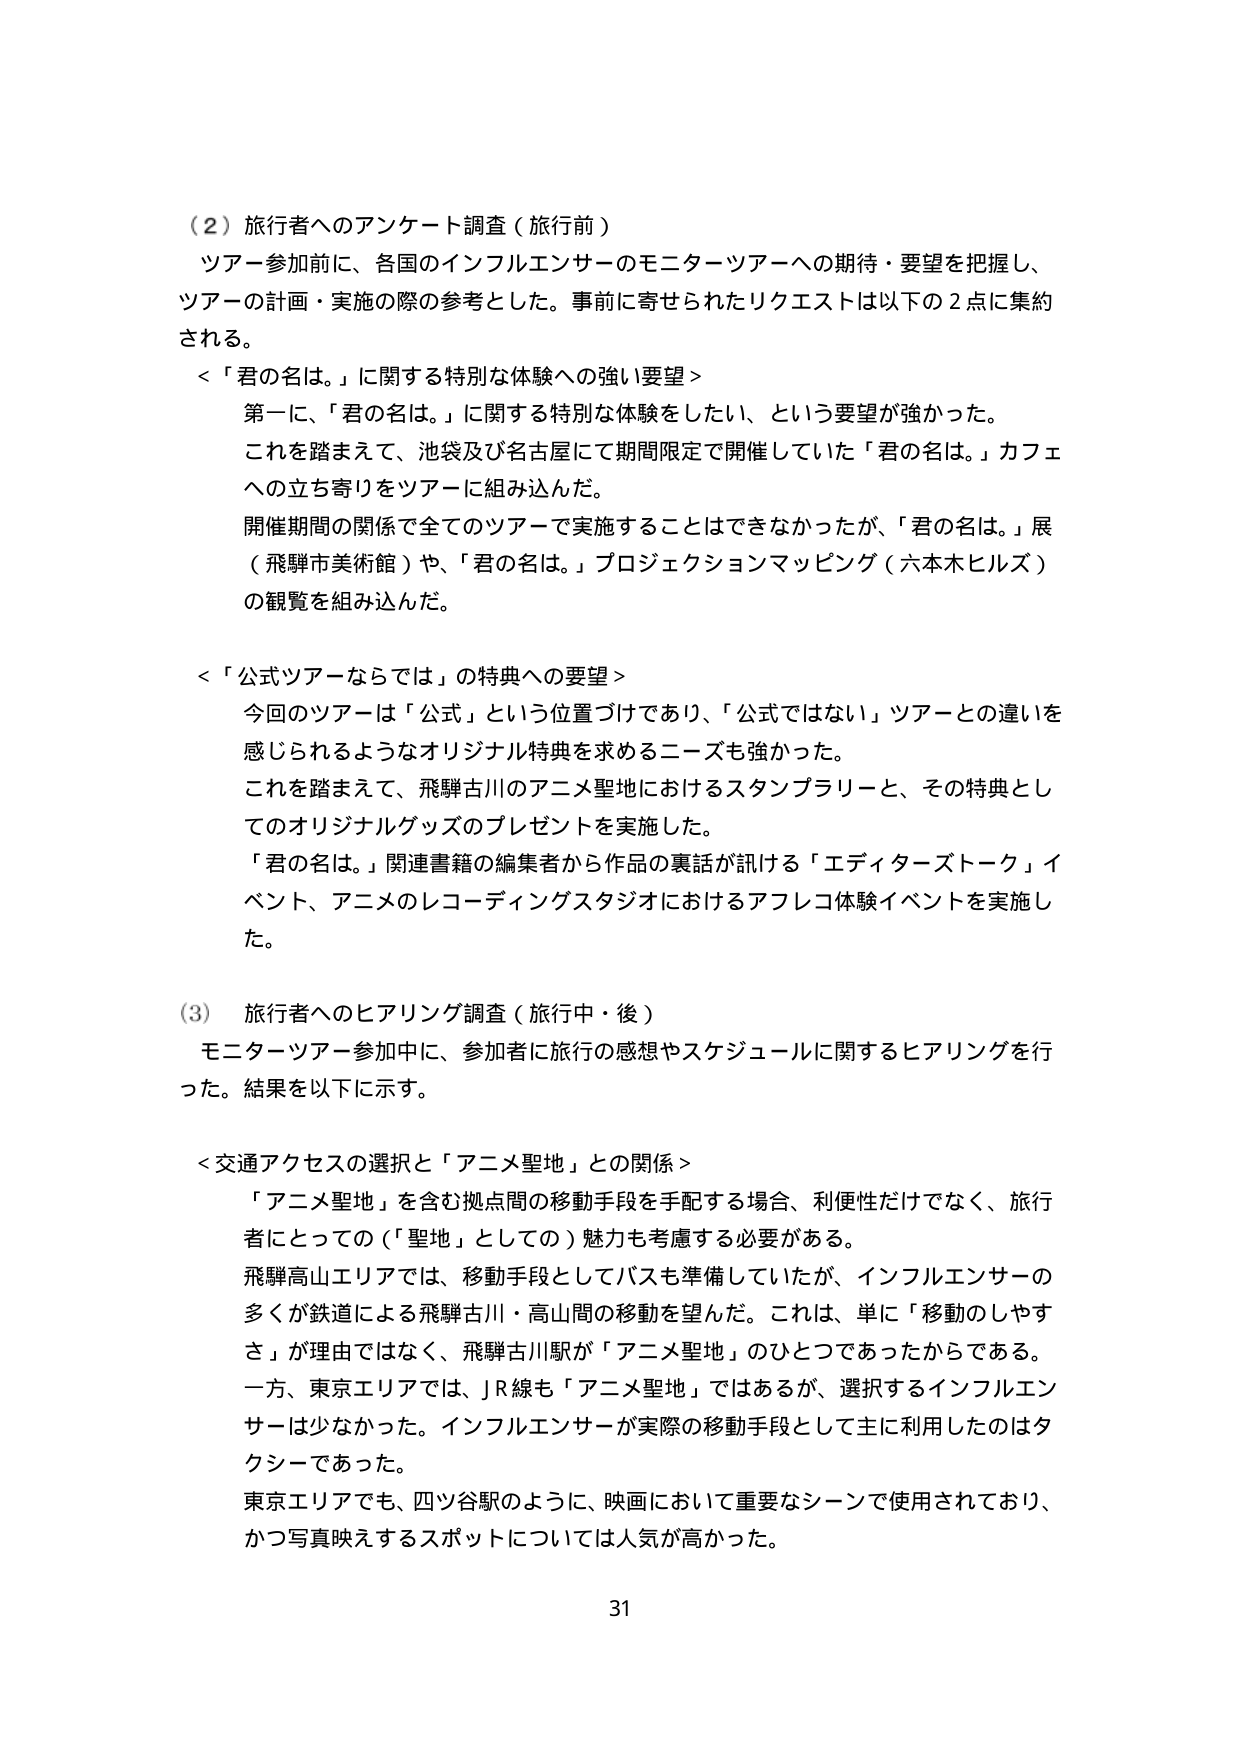
（２）旅行者へのアンケート調査（旅行前）
ツアー参加前に、各国のインフルエンサーのモニターツアーへの期待・要望を把握し、
ツアーの計画・実施の際の参考とした。事前に寄せられたリクエストは以下の２点に集約
される。

＜「君の名は。」に関する特別な体験への強い要望＞
第一に、「君の名は。」に関する特別な体験をしたい、という要望が強かった。
これを踏まえて、池袋及び名古屋にて期間限定で開催していた「君の名は。」カフェ
への立ち寄りをツアーに組み込んだ。
開催期間の関係で全てのツアーで実施することはできなかったが、「君の名は。」展
（飛騨市美術館）や、「君の名は。」プロジェクションマッピング（六本木ヒルズ）
の観覧を組み込んだ。

＜「公式ツアーならでは」の特典への要望＞
今回のツアーは「公式」という位置づけであり、「公式ではない」ツアーとの違いを
感じられるようなオリジナル特典を求めるニーズも強かった。
これを踏まえて、飛騨古川のアニメ聖地におけるスタンプラリーと、その特典とし
てのオリジナルグッズのプレゼントを実施した。
「君の名は。」関連書籍の編集者から作品の裏話が訊ける「エディターズトーク」イ
ベント、アニメのレコーディングスタジオにおけるアフレコ体験イベントを実施し
た。

（3）旅行者へのヒアリング調査（旅行中・後）
モニターツアー参加中に、参加者に旅行の感想やスケジュールに関するヒアリングを行
った。結果を以下に示す。

＜交通アクセスの選択と「アニメ聖地」との関係＞
「アニメ聖地」を含む拠点間の移動手段を手配する場合、利便性だけでなく、旅行
者にとっての（「聖地」としての）魅力も考慮する必要がある。
飛騨高山エリアでは、移動手段としてバスも準備していたが、インフルエンサーの
多くが鉄道による飛騨古川・高山間の移動を望んだ。これは、単に「移動のしやす
さ」が理由ではなく、飛騨古川駅が「アニメ聖地」のひとつであったからである。
一方、東京エリアでは、JR線も「アニメ聖地」ではあるが、選択するインフルエン
サーは少なかった。インフルエンサーが実際の移動手段として主に利用したのはタ
クシーであった。
東京エリアでも、四ツ谷駅のように、映画において重要なシーンで使用されており、
かつ写真映えするスポットについては人気が高かった。

31